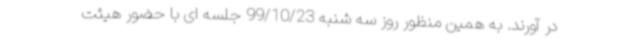
در آورند. به همین منظور روز سه شنبه 99/10/23 جلسه ای با حضور هیئت